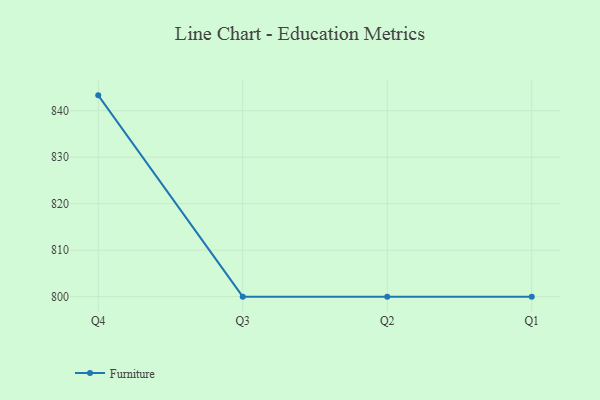
{"axis": {"x": "Quarter", "y": "Bounce Rate (%)"}, "legend": ["Furniture"], "data": [{"x": "Q4", "y": 843.3, "type": "Furniture"}, {"x": "Q3", "y": 800, "type": "Furniture"}, {"x": "Q2", "y": 800, "type": "Furniture"}, {"x": "Q1", "y": 800, "type": "Furniture"}]}